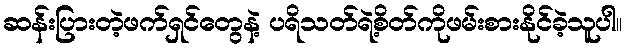
ဆန်းပြားတဲ့ဖက်ရှင်တွေနဲ့ ပရိသတ်ရဲ့စိတ်ကိုဖမ်းစားနိုင်ခဲ့သူပါ။